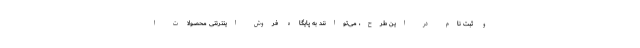
و ثبت نام در این طرح، می‌توانند به پایگاه فروش اینترنتی محصولات ا